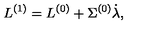
L ^ { ( 1 ) } = L ^ { ( 0 ) } + \Sigma ^ { ( 0 ) } \dot { \lambda } ,